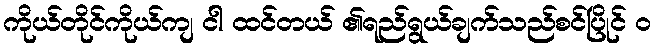
ကိုယ်တိုင်ကိုယ်ကျ ငါ ထင်တယ် ၏ရည်ရွယ်ချက်သည်စင်ပြိုင် ၀